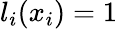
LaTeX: l_{i}(x_{i})=1